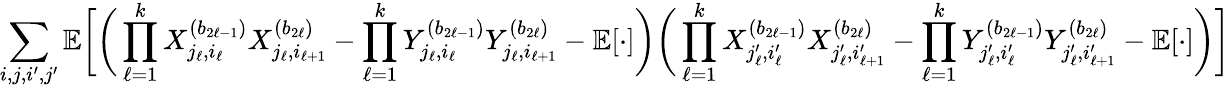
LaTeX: \sum_{i,j,i^{\prime},j^{\prime}}\mathbb{E}\bigg[\bigg(\prod_{\ell=1}^{k}X_{j_{\ell},i_{\ell}}^{(b_{2\ell-1})}X_{j_{\ell},i_{\ell+1}}^{(b_{2\ell})}-\prod_{\ell=1}^{k}Y_{j_{\ell},i_{\ell}}^{(b_{2\ell-1})}Y_{j_{\ell},i_{\ell+1}}^{(b_{2\ell})}-\mathbb{E}[\cdot]\bigg)\bigg(\prod_{\ell=1}^{k}X_{j_{\ell}^{\prime},i_{\ell}^{\prime}}^{(b_{2\ell-1})}X_{j_{\ell}^{\prime},i_{\ell+1}^{\prime}}^{(b_{2\ell})}-\prod_{\ell=1}^{k}Y_{j_{\ell}^{\prime},i_{\ell}^{\prime}}^{(b_{2\ell-1})}Y_{j_{\ell}^{\prime},i_{\ell+1}^{\prime}}^{(b_{2\ell})}-\mathbb{E}[\cdot]\bigg)\bigg]